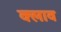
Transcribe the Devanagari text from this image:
क्लाव